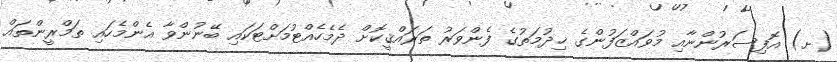
(ށ) އޮފިސަރުންނާއި މުވައްޒަފުންގެ ޚިދުމަތުގެ ފެންވަރު ތަރައްޤީކޮށް ދެމެހެއްޓުމަށްޓަކައި ބޭނުންވާ އެންމެހައި ތަމްރީންތައް